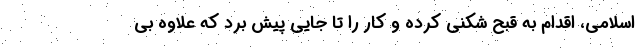
اسلامی، اقدام به قبح شکنی کرده و کار را تا جایی پیش برد که علاوه بی